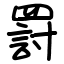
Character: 罸